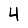
Digit: 4